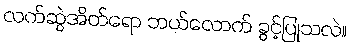
လက်ဆွဲအိတ်ရော ဘယ်လောက် ခွင့်ပြုသလဲ။